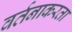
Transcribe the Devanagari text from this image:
वर्तनाकरता